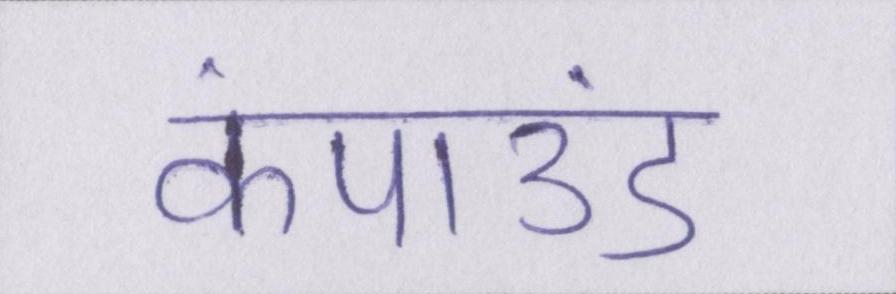
कंपाउंड